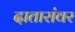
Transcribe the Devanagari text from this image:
दातारांवर